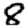
Digit: 8